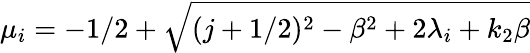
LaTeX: \mu_{i}=-1/2+\sqrt{(j+1/2)^{2}-\beta^{2}+2\lambda_{i}+k_{2}\beta}